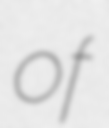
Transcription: of